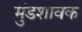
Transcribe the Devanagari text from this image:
मुंडशावक